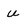
Character: u